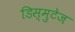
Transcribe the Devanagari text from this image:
डिस्मुटेज